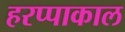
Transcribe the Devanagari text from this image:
हरप्पाकाल